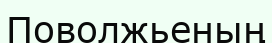
Поволжьеның